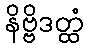
နိဗ္ဗိဒတ္ထံ